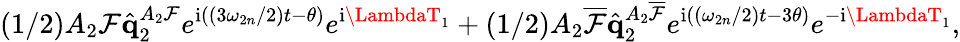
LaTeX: \left(1/2\right)A_{2}\mathcal{F}\hat{{\mathbf{{q}}}}_{2}^{A_{2}\mathcal{F}}e^{\mathrm{{i}}\left(\left(3\omega_{2n}/2\right)t-\theta\right)}e^{\mathrm{{i}}\LambdaT_{1}}+\left(1/2\right)A_{2}\overline{{{\mathcal{F}}}}\hat{{\mathbf{{q}}}}_{2}^{A_{2}\overline{{{\mathcal{F}}}}}e^{\mathrm{{i}}\left(\left(\omega_{2n}/2\right)t-3\theta\right)}e^{-\mathrm{{i}}\LambdaT_{1}},